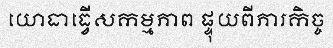
យោធាធ្វើសកម្មភាព ផ្ទុយពីភារកិច្ច